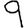
Digit: 9